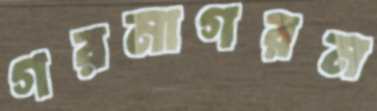
গরমাগরম